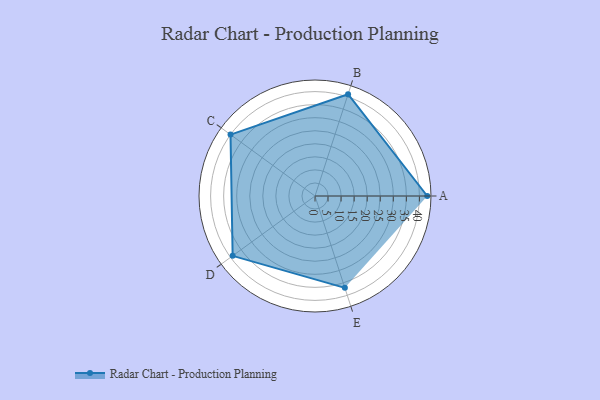
{"axis": {"x": "Skill", "y": "Score"}, "legend": ["Profile"], "data": [{"x": "A", "y": 43.0, "type": "Profile"}, {"x": "B", "y": 41.0, "type": "Profile"}, {"x": "C", "y": 40.0, "type": "Profile"}, {"x": "D", "y": 39.0, "type": "Profile"}, {"x": "E", "y": 37.0, "type": "Profile"}]}